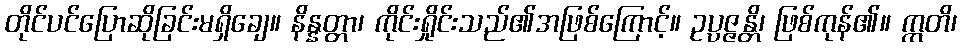
တိုင်ပင်ပြောဆိုခြင်းမရှိချေ။ နိန္နတ္တာ၊ ကိုင်းရှိုင်းသည်၏အဖြစ်ကြောင့်။ ဥပ္ပဇ္ဇန္တိ၊ ဖြစ်ကုန်၏။ ဣတိ၊